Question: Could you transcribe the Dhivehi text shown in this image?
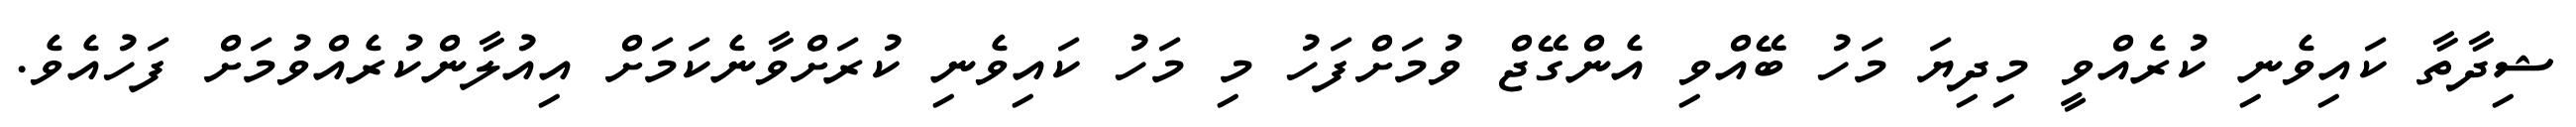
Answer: ޝިދާތާ ކައިވެނި ކުރެއްވީ މިދިޔަ މަހު ބޭއްވި އެންގޭޖް ވުމަށްފަހު މި މަހު ކައިވެނި ކުރަށްވާނެކަމަށް އިއުލާންކުރެއްވުމަށް ފަހުއެވެ.